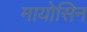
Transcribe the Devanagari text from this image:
मायोसिन